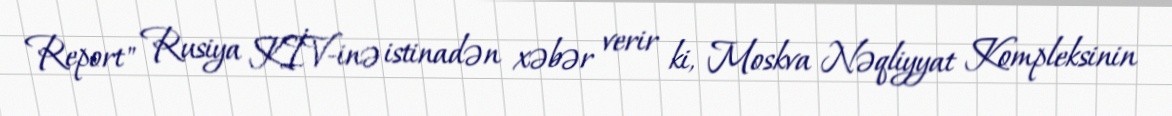
Report" Rusiya KİV-inə istinadən xəbər verir ki, Moskva Nəqliyyat Kompleksinin